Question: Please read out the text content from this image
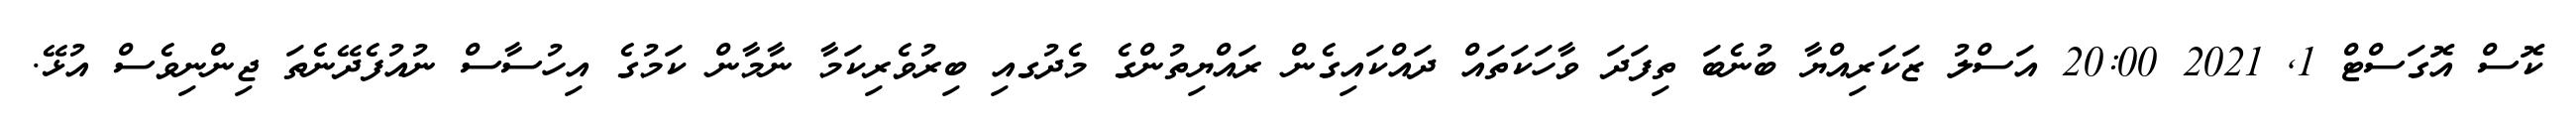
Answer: ކޮސް އޮގަސްޓް 1, 2021 20:00 އަސްލު ޒަކަރިއްޔާ ބުނެބަ ތިފަދަ ވާހަކަތައް ދައްކައިގެން ރައްޔިތުންގެ މެދުގއި ބިރުވެރިކަމާ ނާމާން ކަމުގެ އިހުސާސް ނުއުފެދޭނެތަ ޖިންނިވެސް އުޅޭ.